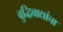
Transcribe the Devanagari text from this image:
बुद्धिवाद्यांचा